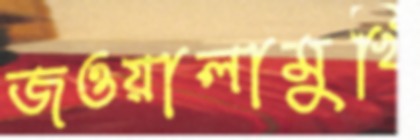
জওয়ালামুখি